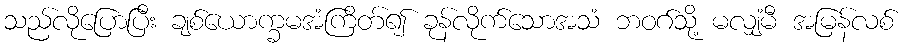
သည်လိုပြောပြီး ချစ်ယောက္ခမအံကြိတ်၍ ခုန်လိုက်သောအသံ ဘဝဂ်သို့ မလျှံမီ အမြန်လစ်